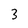
Character: 3